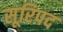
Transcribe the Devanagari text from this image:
सूरिपद